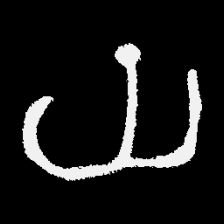
Pyu character \u2014 Myanmar letter: ယ (romanized: ya)